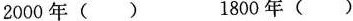
2000年( ) 1800年( )